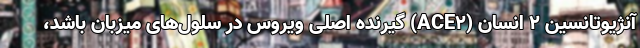
آنژیوتانسین ۲ انسان (ACE۲) گیرنده اصلی ویروس در سلول‌های میزبان باشد،